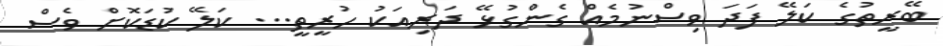
ބޭރީތުގެ ކަލޭ ފަދަ ވިސްނުމެއް ގެންގުޅޭ ދަރިއަކު ހުރީތީ... ކަލޭ ކުޑަކޮށް ވެސް